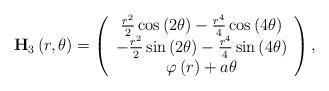
LaTeX: \begin{align*}\mathbf{H}_{3}\left( r,\theta \right) =\left( \begin{array}{c}\frac{r^{2}}{2}\cos \left( 2\theta \right) -\frac{r^{4}}{4}\cos \left(4\theta \right) \\ -\frac{r^{2}}{2}\sin \left( 2\theta \right) -\frac{r^{4}}{4}\sin \left(4\theta \right) \\ \varphi \left( r\right) +a\theta\end{array}\right) , \end{align*}